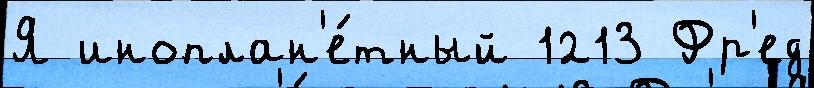
Я иноплан'е́тный 1213 Фр'ед